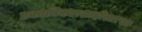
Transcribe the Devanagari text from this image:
एकाधिकारशाहीसारखा